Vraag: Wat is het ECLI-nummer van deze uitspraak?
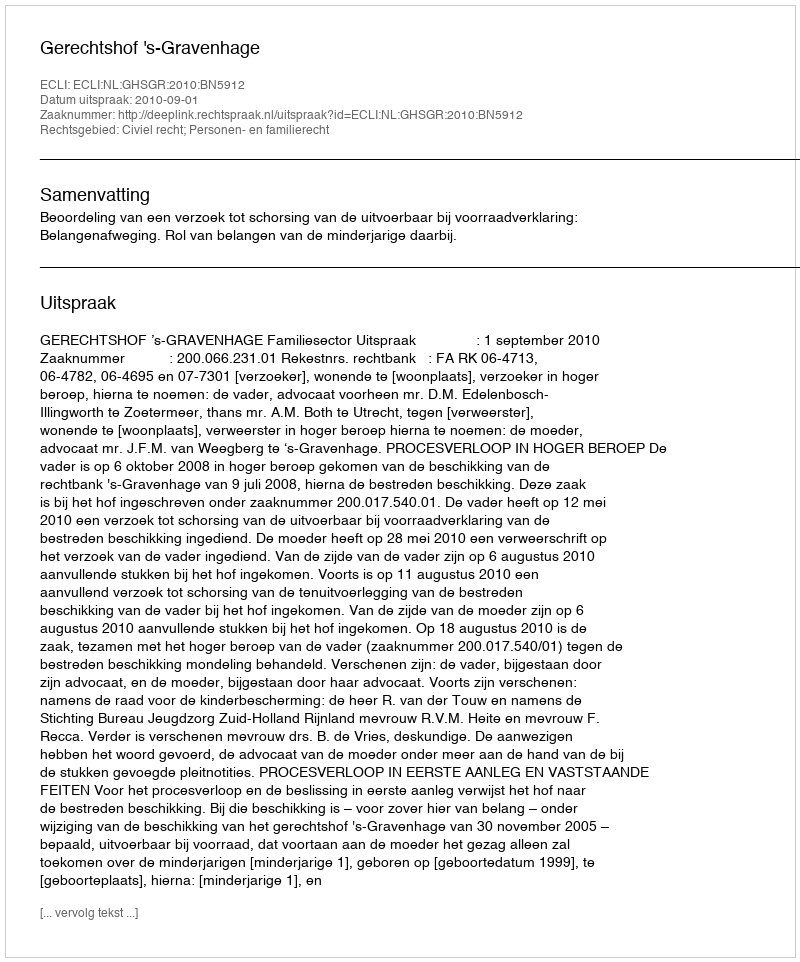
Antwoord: ECLI:NL:GHSGR:2010:BN5912